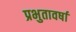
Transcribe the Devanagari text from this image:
प्रभुतावर्षा